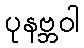
ပုနဗ္ဘဝါ